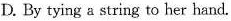
D. By tying a string to her hand.